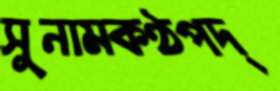
সুনামকণ্ঠপদ্